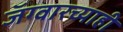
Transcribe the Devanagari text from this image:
जॅग्वारच्याही